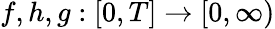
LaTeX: f,h,g:[0,T]\rightarrow[0,\infty)